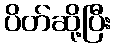
ပိတ်ဆို့ပြီး